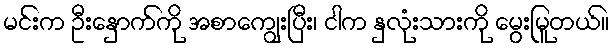
မင်းက ဦးနှောက်ကို အစာကျွေးပြီး၊ ငါက နှလုံးသားကို မွေးမြူတယ်။